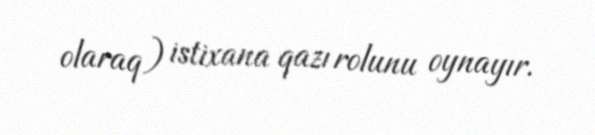
olaraq) istixana qazı rolunu oynayır.